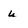
Character: u